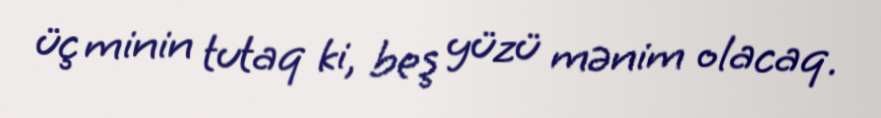
üç minin tutaq ki, beş yüzü mənim olacaq.